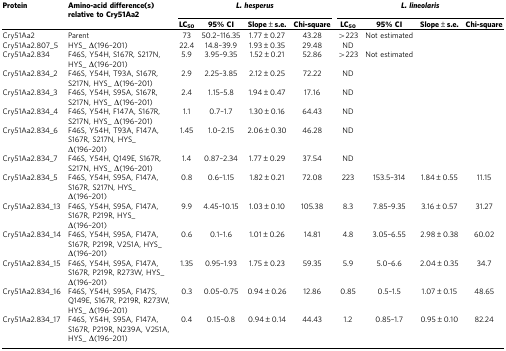
<table><thead><tr><td><b>Protein</b></td><td><b>Amino-acid difference(s) relative to Cry51Aa2</b></td><td colspan="4"><b><i>L. hesperus</i></b></td><td colspan="4"><b><i>L. lineolaris</i></b></td></tr><tr><td><b> </b></td><td><b> </b></td><td><b>LC<sub>50</sub></b></td><td><b>95% CI</b></td><td><b>Slope±s.e.</b></td><td><b>Chi-square</b></td><td><b>LC<sub>50</sub></b></td><td><b>95% CI</b></td><td><b>Slope±s.e.</b></td><td><b>Chi-square</b></td></tr></thead><tbody><tr><td>Cry51Aa2</td><td>Parent</td><td>73</td><td>50.2–116.35</td><td>1.77±0.27</td><td>43.28</td><td>&gt;223</td><td>Not estimated</td><td> </td><td> </td></tr><tr><td>Cry51Aa2.807_5</td><td>HYS_ Δ(196–201)</td><td>22.4</td><td>14.8–39.9</td><td>1.93±0.35</td><td>29.48</td><td>ND</td><td> </td><td> </td><td> </td></tr><tr><td>Cry51Aa2.834</td><td>F46S, Y54H, S167R, S217N, HYS_ Δ(196–201)</td><td>5.9</td><td>3.95–9.35</td><td>1.52±0.21</td><td>52.86</td><td>&gt;223</td><td>Not estimated</td><td> </td><td> </td></tr><tr><td>Cry51Aa2.834_2</td><td>F46S, Y54H, T93A, S167R, S217N, HYS_ Δ(196–201)</td><td>2.9</td><td>2.25–3.85</td><td>2.12±0.25</td><td>72.22</td><td>ND</td><td> </td><td> </td><td> </td></tr><tr><td>Cry51Aa2.834_3</td><td>F46S, Y54H, S95A, S167R, S217N, HYS_ Δ(196–201)</td><td>2.4</td><td>1.15–5.8</td><td>1.94±0.47</td><td>17.16</td><td>ND</td><td> </td><td> </td><td> </td></tr><tr><td>Cry51Aa2.834_4</td><td>F46S, Y54H, F147A, S167R, S217N, HYS_ Δ(196–201)</td><td>1.1</td><td>0.7–1.7</td><td>1.30±0.16</td><td>64.43</td><td>ND</td><td> </td><td> </td><td> </td></tr><tr><td>Cry51Aa2.834_6</td><td>F46S, Y54H, T93A, F147A, S167R, S217N, HYS_ Δ(196–201)</td><td>1.45</td><td>1.0–2.15</td><td>2.06±0.30</td><td>46.28</td><td>ND</td><td> </td><td> </td><td> </td></tr><tr><td>Cry51Aa2.834_7</td><td>F46S, Y54H, Q149E, S167R, S217N, HYS_ Δ(196–201)</td><td>1.4</td><td>0.87–2.34</td><td>1.77±0.29</td><td>37.54</td><td>ND</td><td> </td><td> </td><td> </td></tr><tr><td>Cry51Aa2.834_5</td><td>F46S, Y54H, S95A, F147A, S167R, S217N, HYS_ Δ(196–201)</td><td>0.8</td><td>0.6–1.15</td><td>1.82±0.21</td><td>72.08</td><td>223</td><td>153.5–314</td><td>1.84±0.55</td><td>11.15</td></tr><tr><td>Cry51Aa2.834_13</td><td>F46S, Y54H, S95A, F147A, S167R, P219R, HYS_ Δ(196–201)</td><td>9.9</td><td>4.45–10.15</td><td>1.03±0.10</td><td>105.38</td><td>8.3</td><td>7.85–9.35</td><td>3.16±0.57</td><td>31.27</td></tr><tr><td>Cry51Aa2.834_14</td><td>F46S, Y54H, S95A, F147A, S167R, P219R, V251A, HYS_ Δ(196–201)</td><td>0.6</td><td>0.1–1.6</td><td>1.01±0.26</td><td>14.81</td><td>4.8</td><td>3.05–6.55</td><td>2.98±0.38</td><td>60.02</td></tr><tr><td>Cry51Aa2.834_15</td><td>F46S, Y54H, S95A, F147A, S167R, P219R, R273W, HYS_ Δ(196–201)</td><td>1.35</td><td>0.95–1.93</td><td>1.75±0.23</td><td>59.35</td><td>5.9</td><td>5.0–6.6</td><td>2.04±0.35</td><td>34.7</td></tr><tr><td>Cry51Aa2.834_16</td><td>F46S, Y54H, S95A, F147S, Q149E, S167R, P219R, R273W, HYS_ Δ(196–201)</td><td>0.3</td><td>0.05–0.75</td><td>0.94±0.26</td><td>12.86</td><td>0.85</td><td>0.5–1.5</td><td>1.07±0.15</td><td>48.65</td></tr><tr><td>Cry51Aa2.834_17</td><td>F46S, Y54H, S95A, F147A, S167R, P219R, N239A, V251A, HYS_ Δ(196–201)</td><td>0.4</td><td>0.15–0.8</td><td>0.94±0.14</td><td>44.43</td><td>1.2</td><td>0.85–1.7</td><td>0.95±0.10</td><td>82.24</td></tr></tbody></table>